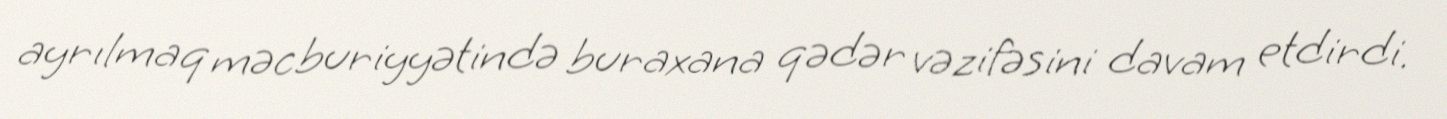
ayrılmaq məcburiyyətində buraxana qədər vəzifəsini davam etdirdi.